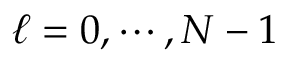
\ell = 0 , \cdots , N - 1